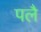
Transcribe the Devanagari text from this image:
पलै